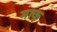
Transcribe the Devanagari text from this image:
माक्